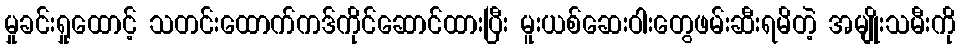
မှုခင်းရှုထောင့် သတင်းထောက်ကဒ်ကိုင်ဆောင်ထားပြီး မူးယစ်ဆေးဝါးတွေဖမ်းဆီးရမိတဲ့ အမျိုးသမီးကို